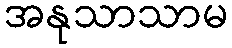
အနုသာသာမ